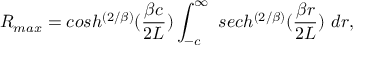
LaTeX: R _ { m a x } = c o s h ^ { \left( { 2 / \beta } \right) } ( { \frac { \beta c } { 2 L } } ) \int _ { - c } ^ { \infty } \, \, s e c h ^ { \left( { 2 / \beta } \right) } ( { \frac { \beta r } { 2 L } } ) \, \, d r ,